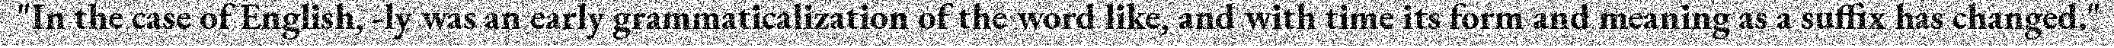
"In the case of English, -ly was an early grammaticalization of the word like, and with time its form and meaning as a suffix has changed."